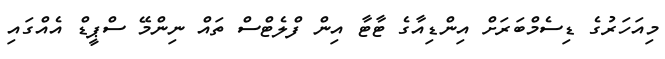
މިއަހަރުގެ ޑިސެމްބަރަށް އިންޑިއާގެ ޓާޓާ އިން ފްލެޓްސް ތައް ނިންމޭ ސްޕީޑް އެއްގައި